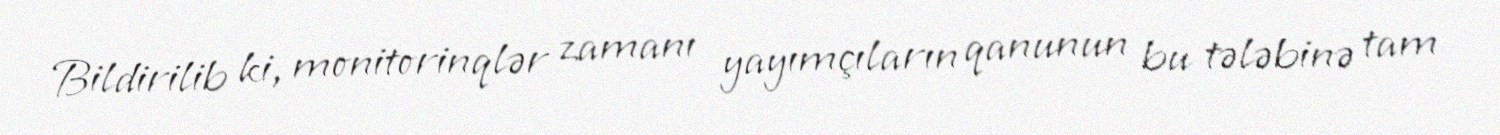
Bildirilib ki, monitorinqlər zamanı yayımçıların qanunun bu tələbinə tam